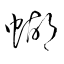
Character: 蝴